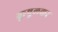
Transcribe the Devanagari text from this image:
कुषुलकर